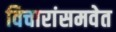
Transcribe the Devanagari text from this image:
विचारांसमवेत